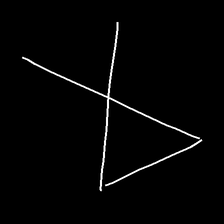
Glyph: collection